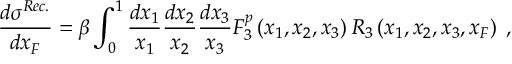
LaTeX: \frac { d \sigma ^ { R e c . } } { d x _ { F } } = \beta \int _ { 0 } ^ { 1 } \frac { d x _ { 1 } } { x _ { 1 } } \frac { d x _ { 2 } } { x _ { 2 } } \frac { d x _ { 3 } } { x _ { 3 } } F _ { 3 } ^ { p } \left( x _ { 1 } , x _ { 2 } , x _ { 3 } \right) R _ { 3 } \left( x _ { 1 } , x _ { 2 } , x _ { 3 } , x _ { F } \right) \; ,